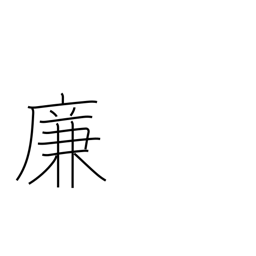
Meaning: account